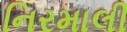
નિરમાલી